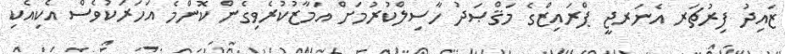
ޒައިދު ފިރުޗަރ އެނަރޖީ ޕްރައިޒްގެ މަޤްޞަދު ހާސިލްކުރުމަށް އަމާޒުކުރެވިގެން ކޮންމެ އަހަރަކުވެސް އެކިއެކި